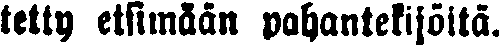
telly etsimään pahantekijöitä.